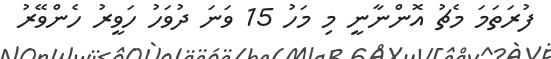
ފުރަތަމަ މެޗު އޮންނާނީ މި މަހު 15 ވަނަ ދުވަހު ހަވީރު ހެންވޭރު